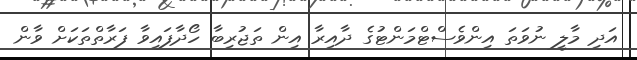
އަދި މާލީ ނުވަތަ އިންވެސްޓްމަންޓުގެ ދާއިރާ އިން ތަޖުރިބާ ހޯދާފައިވާ ފަރާތްތަކަށް ވާން